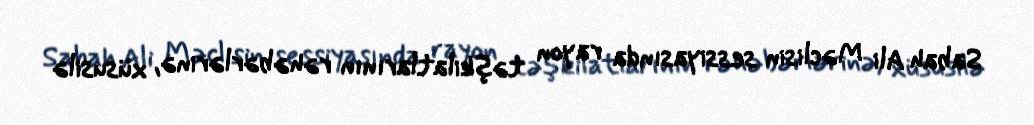
Sabah Ali Məclisin sessiyasında rayon təşkilatlarının rəhəbərlərinə, xüsusilə